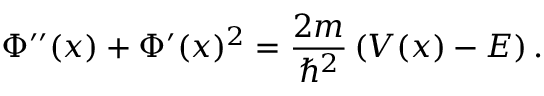
\Phi ^ { \prime \prime } ( x ) + \Phi ^ { \prime } ( x ) ^ { 2 } = { \frac { 2 m } { \hbar ^ { 2 } } } \left( V ( x ) - E \right) .